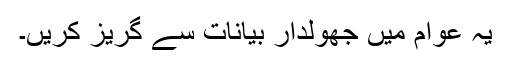
یہ عوام میں جھولدار بیانات سے گریز کریں۔